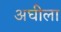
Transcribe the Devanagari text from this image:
अघीला